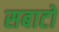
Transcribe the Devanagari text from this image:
सबाटो